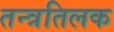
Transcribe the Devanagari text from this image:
तन्त्रतिलक